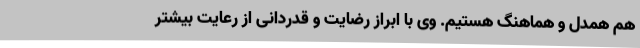
هم همدل و هماهنگ هستیم. وی با ابراز رضایت و قدردانی از رعایت بیشتر